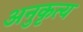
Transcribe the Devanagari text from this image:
अनुकृत्य